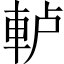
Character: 𨋤